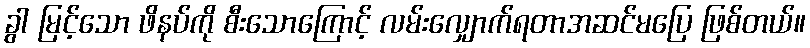
ခွါ မြင့်သော ဖိနပ်ကို စီးသောကြောင့် လမ်းလျှောက်ရတာအဆင်မပြေ ဖြစ်တယ်။